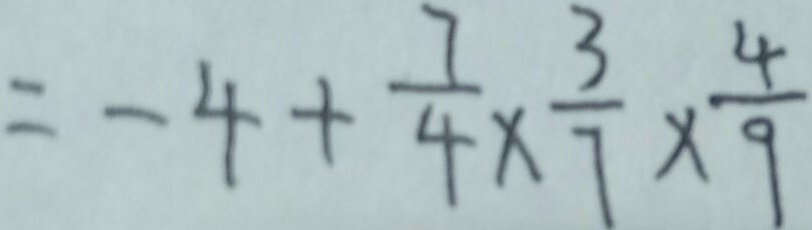
= - 4 + \frac { 7 } { 4 } \times \frac { 3 } { 7 } \times \frac { 4 } { 9 }